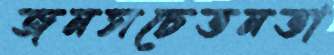
জনসচেতনতা